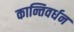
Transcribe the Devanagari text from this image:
कान्तिवर्धन